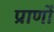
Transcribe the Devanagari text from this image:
प्राणोँ